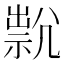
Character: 𡰇